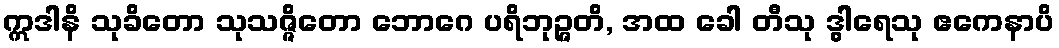
ဣဒါနိ သုခိတော သုသဇ္ဇိတော ဘောဂေ ပရိဘုဉ္ဇတိ, အထ ခေါ တီသု ဒွါရေသု ဧကေနာပိ